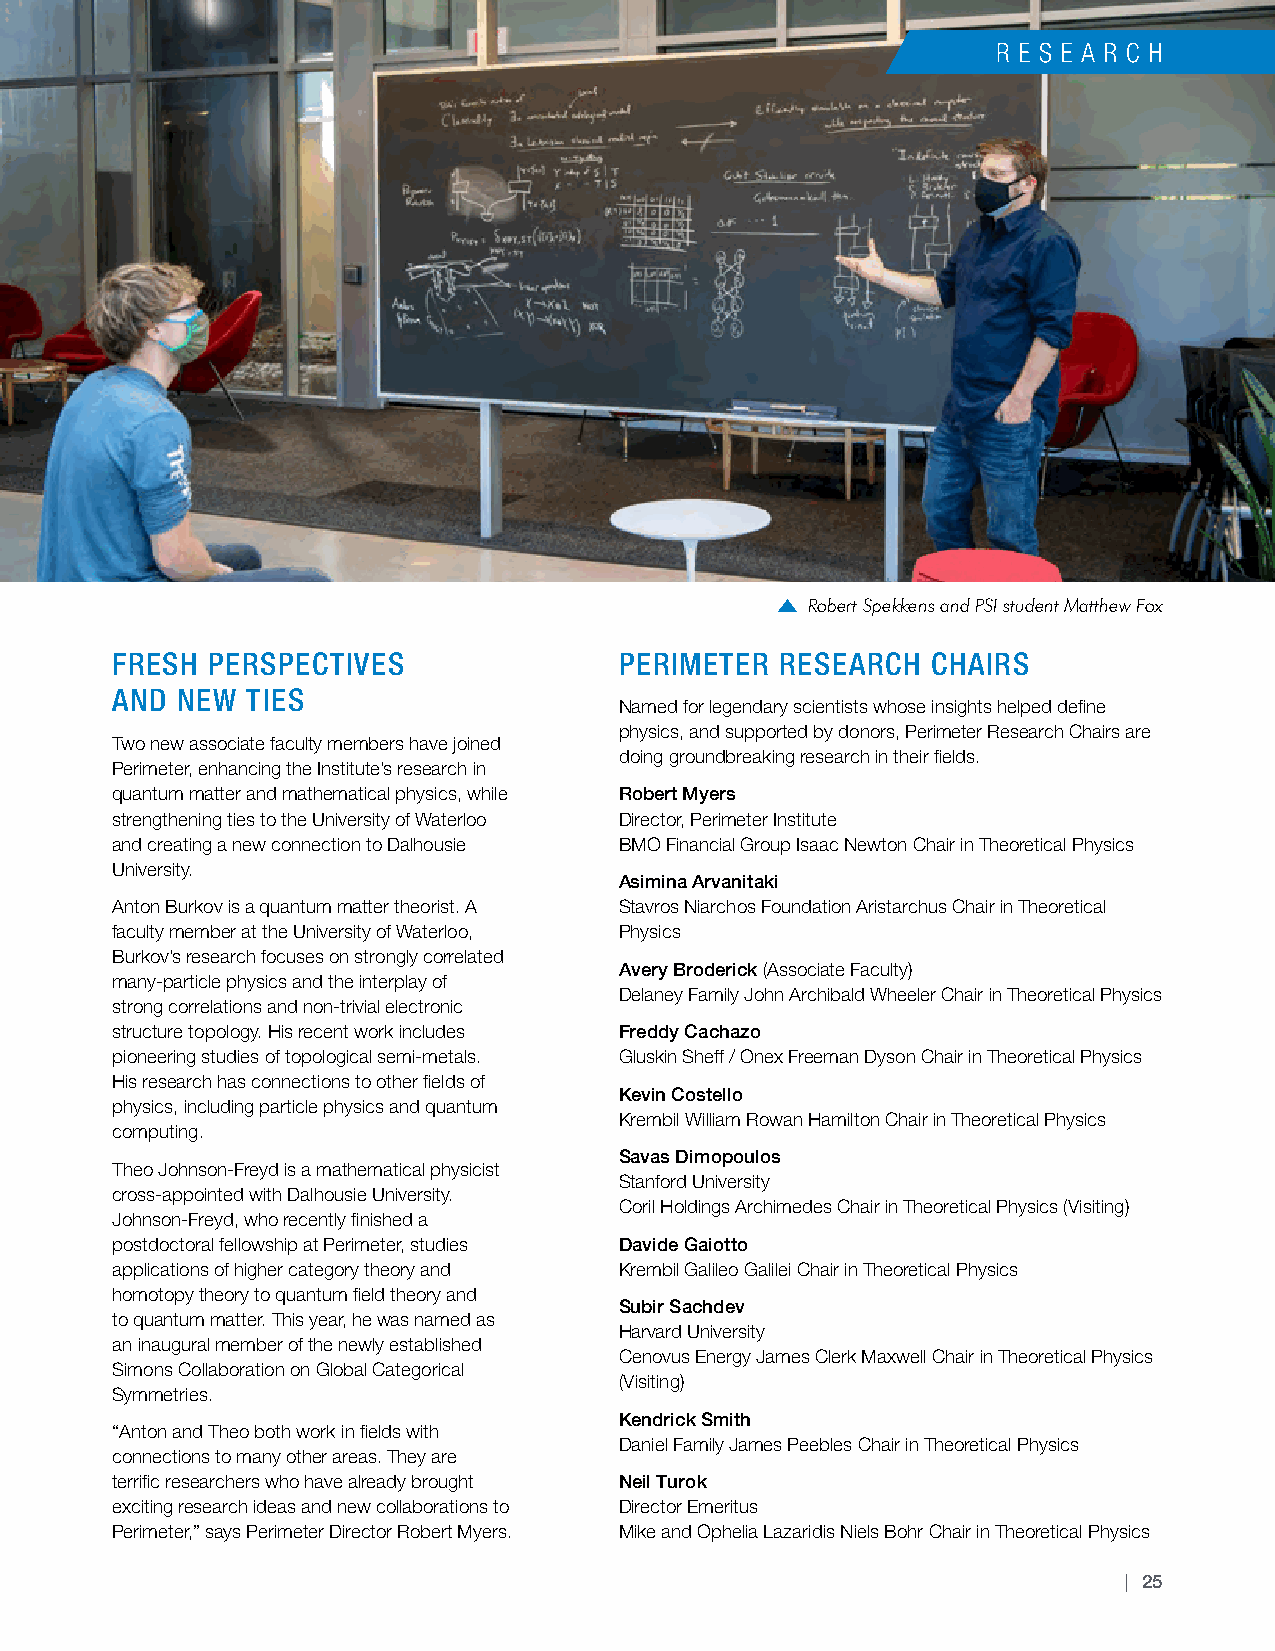
Robert Spekkens and PSI student Matthew Fox
 FRESH  PERSPECTIVES               PERIMETER  RESEARCH  CHAIRS
 AND  NEW TIES
 Named for legendary scientists whose insights helped define
 physics, and supported by donors, Perimeter Research Chairs are
 Two new associate faculty members have joined
 doing groundbreaking research in their fields.
 Perimeter, enhancing the Institute’s research in
 quantum matter and mathematical physics, while Robert Myers
 strengthening ties to the University of Waterloo Director, Perimeter Institute
 and creating a new connection to Dalhousie BMO Financial Group Isaac Newton Chair in Theoretical Physics
 University.
 Asimina Arvanitaki
 Anton Burkov is a quantum matter theorist. A Stavros Niarchos Foundation Aristarchus Chair in Theoretical
 faculty member at the University of Waterloo, Physics
 Burkov’s research focuses on strongly correlated
 Avery Broderick (Associate Faculty)
 many-particle physics and the interplay of
 Delaney Family John Archibald Wheeler Chair in Theoretical Physics
 strong correlations and non-trivial electronic
 structure topology. His recent work includes Freddy Cachazo
 pioneering studies of topological semi-metals. Gluskin Sheff / Onex Freeman Dyson Chair in Theoretical Physics
 His research has connections to other fields of
 Kevin Costello
 physics, including particle physics and quantum
 Krembil William Rowan Hamilton Chair in Theoretical Physics
 computing.
 Savas Dimopoulos
 Theo Johnson-Freyd is a mathematical physicist
 Stanford University
 cross-appointed with Dalhousie University.
 Coril Holdings Archimedes Chair in Theoretical Physics (Visiting)
 Johnson-Freyd, who recently finished a
 postdoctoral fellowship at Perimeter, studies Davide Gaiotto
 applications of higher category theory and Krembil Galileo Galilei Chair in Theoretical Physics
 homotopy theory to quantum field theory and
 Subir Sachdev
 to quantum matter. This year, he was named as
 Harvard University
 an inaugural member of the newly established
 Cenovus Energy James Clerk Maxwell Chair in Theoretical Physics
 Simons Collaboration on Global Categorical
 (Visiting)
 Symmetries.
 Kendrick Smith
 “Anton and Theo both work in fields with
 Daniel Family James Peebles Chair in Theoretical Physics
 connections to many other areas. They are
 terrific researchers who have already brought Neil Turok
 exciting research ideas and new collaborations to Director Emeritus
 Perimeter,” says Perimeter Director Robert Myers. Mike and Ophelia Lazaridis Niels Bohr Chair in Theoretical Physics
 | 25